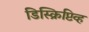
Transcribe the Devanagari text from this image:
डिस्क्रिप्टिव्ह